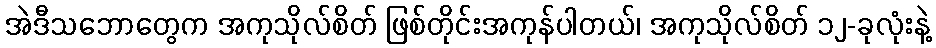
အဲဒီသဘောတွေက အကုသိုလ်စိတ် ဖြစ်တိုင်းအကုန်ပါတယ်၊ အကုသိုလ်စိတ် ၁၂-ခုလုံးနဲ့